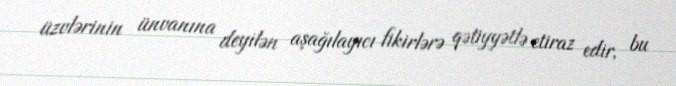
üzvlərinin ünvanına deyilən aşağılayıcı fikirlərə qətiyyətlə etiraz edir, bu